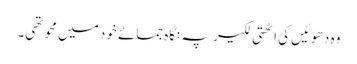
وہ دھوئیں کی اٹھتی لکیر پہ نگاہ جمائے خود میں محو تھی۔